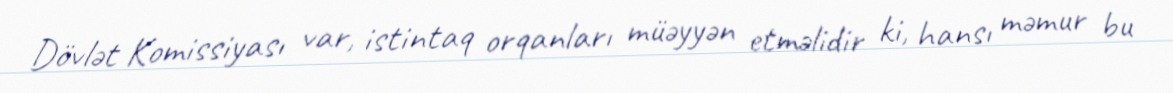
Dövlət Komissiyası var, istintaq orqanları müəyyən etməlidir ki, hansı məmur bu